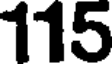
115